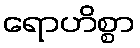
ရောဟိစ္စာ